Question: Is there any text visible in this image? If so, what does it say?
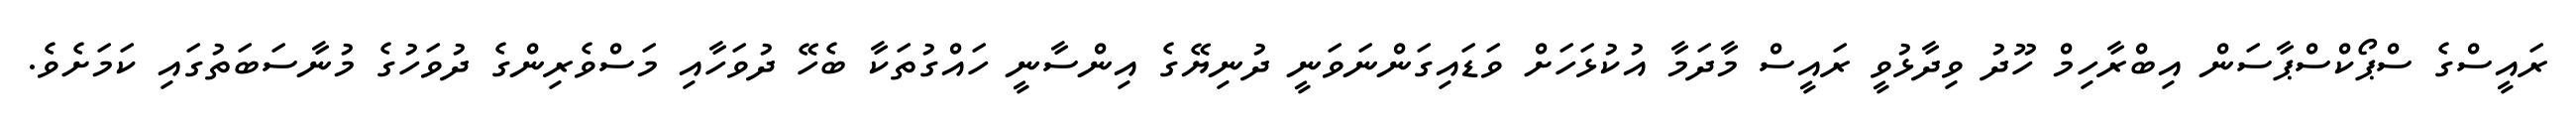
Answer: ރައީސްގެ ސްޕޯކްސްޕާސަން އިބްރާހިމް ހޫދު ވިދާޅުވީ ރައީސް މާދަމާ އުކުޅަހަށް ވަޑައިގަންނަވަނީ ދުނިޔޭގެ އިންސާނީ ހައްގުތަކާ ބެހޭ ދުވަހާއި މަސްވެރިންގެ ދުވަހުގެ މުނާސަބަތުގައި ކަމަށެވެ.